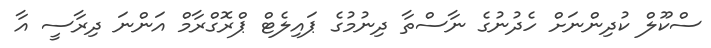
ސްކޫލް ކުދިންނަށް ހެދުނުގެ ނާސްތާ ދިނުމުގެ ޕައިލެޓް ޕްރޮގްރާމް އަންނަ ދިރާސީ އާ